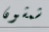
شمشون